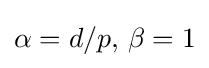
\alpha =d/p,\,\beta =1